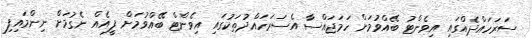
ސަރަހައްދެއްގައި އިވެންޓު ބޭއްވުމަށް ހަމަޖައްސާ އެސަރަހައްދުތަކުގައި އިވެންޓް ބޭއްވުމަށް ފީއެއް ނެގުމަށް ނިންމައިފި